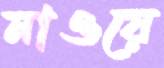
নাওয়ে